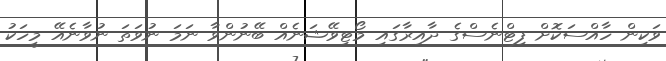
ވަކިން ހާއްސަކޮށް ފިޓްނެސްގެ ދާއިރާގައި މޯޓިވޭޝަނެއް ބޭނުންވާ ނަމަ ނުވަތަ ނުވާނެއޭ މީހަކު